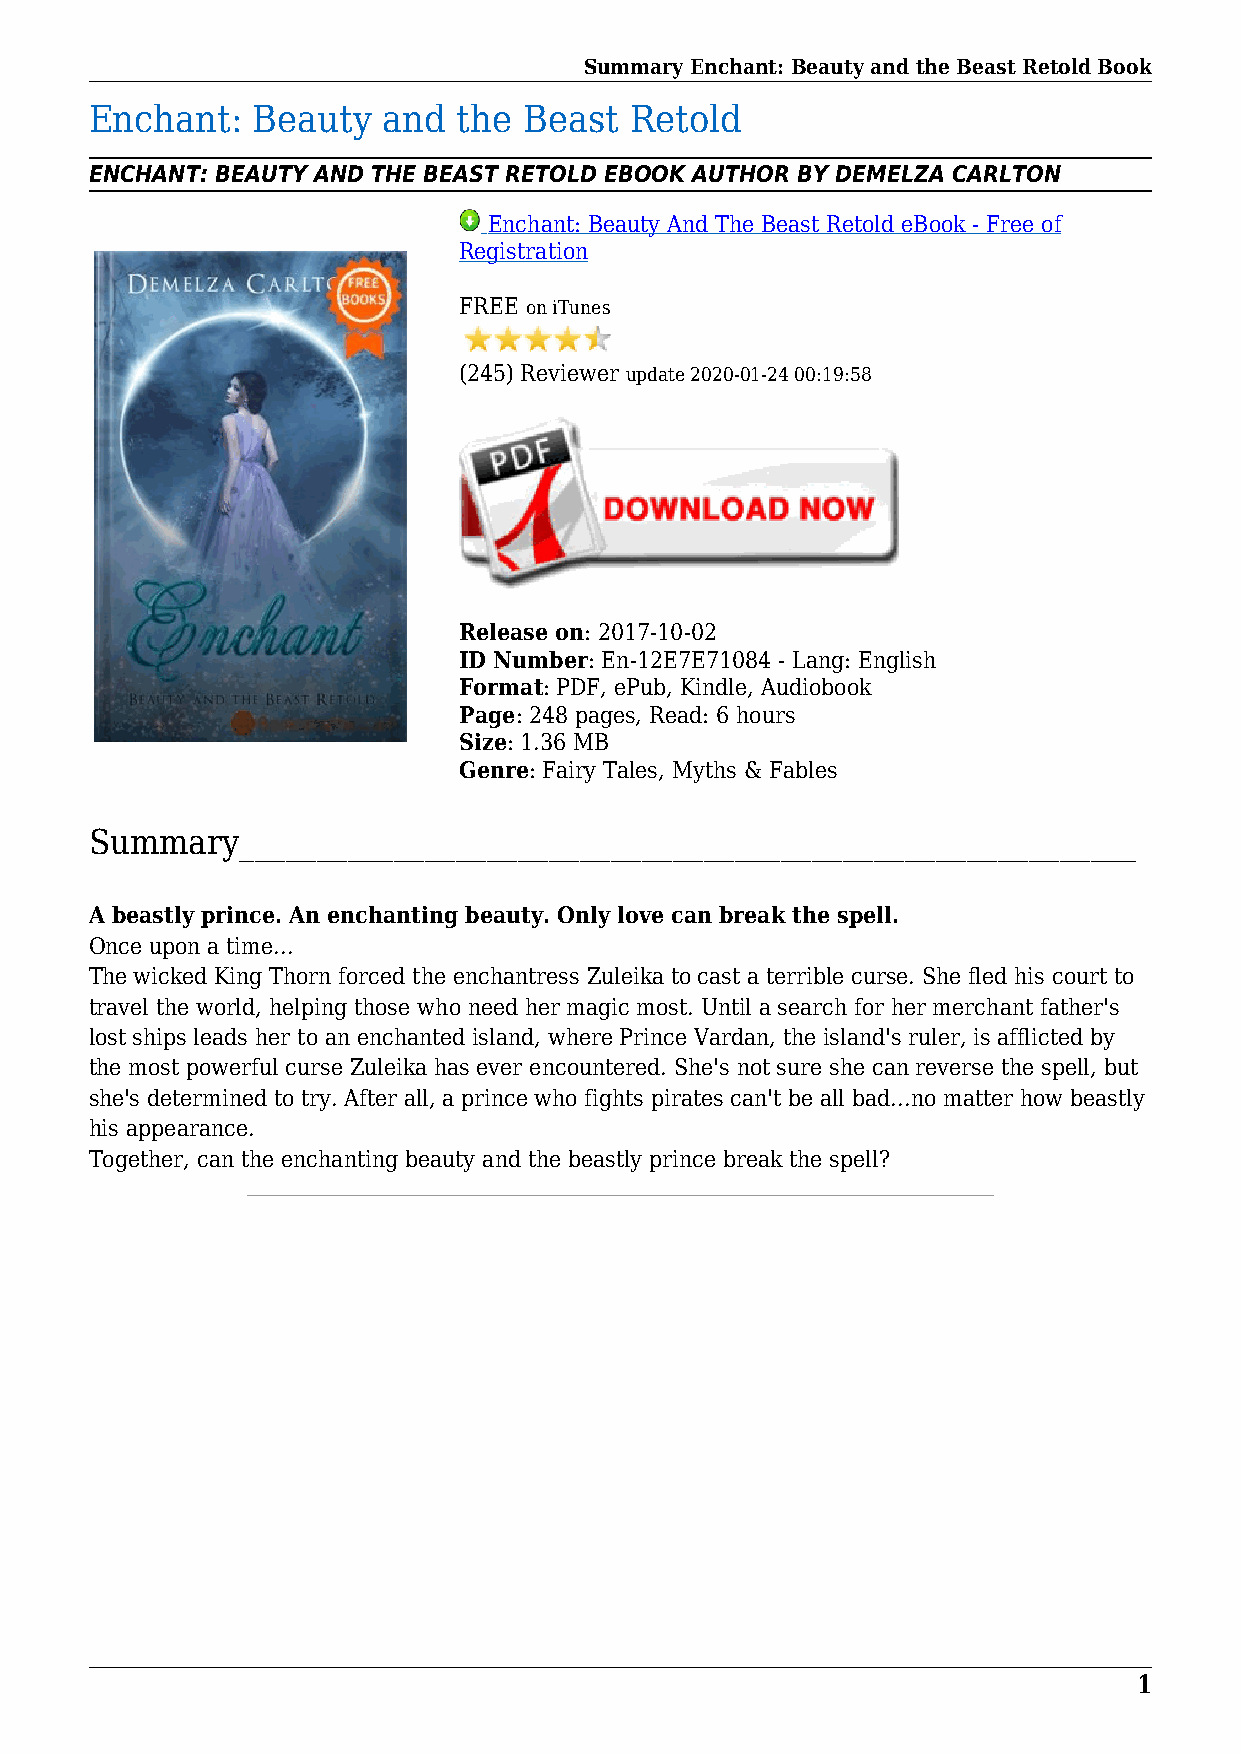
Summary Enchant: Beauty and the Beast Retold Book
 Enchant:   Beauty  and  the  Beast  Retold
 ENCHANT: BEAUTY AND THE BEAST RETOLD EBOOK AUTHOR BY DEMELZA CARLTON
 Enchant: Beauty And The Beast Retold eBook - Free of
 Registration
 FREE on iTunes
 (245) Reviewer update 2020-01-24 00:19:58
 Release on: 2017-10-02
 ID Number: En-12E7E71084 - Lang: English
 Format: PDF, ePub, Kindle, Audiobook
 Page: 248 pages, Read: 6 hours
 Size: 1.36 MB
 Genre: Fairy Tales, Myths & Fables
 Summary__________________________________________________________
 A beastly prince. An enchanting beauty. Only love can break the spell.
 Once upon a time...
 The wicked King Thorn forced the enchantress Zuleika to cast a terrible curse. She fled his court to
 travel the world, helping those who need her magic most. Until a search for her merchant father's
 lost ships leads her to an enchanted island, where Prince Vardan, the island's ruler, is afflicted by
 the most powerful curse Zuleika has ever encountered. She's not sure she can reverse the spell, but
 she's determined to try. After all, a prince who fights pirates can't be all bad...no matter how beastly
 his appearance.
 Together, can the enchanting beauty and the beastly prince break the spell?
 1